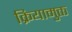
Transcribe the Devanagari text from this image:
क्रियामुक्त